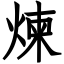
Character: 煉